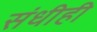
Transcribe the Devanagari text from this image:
संधीही